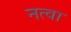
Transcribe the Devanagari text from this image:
नत्वा